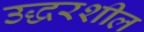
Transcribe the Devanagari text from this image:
उद्धरशील